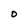
Character: D